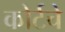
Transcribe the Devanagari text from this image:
कोर्टचे